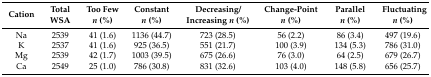
<table><thead><tr><td><b>Cation</b></td><td><b>Total WSA</b></td><td><b>Too Few<i>n</i> (%)</b></td><td><b>Constant<i>n</i> (%)</b></td><td><b>Decreasing/Increasing <i>n</i> (%)</b></td><td><b>Change-Point<i>n</i> (%)</b></td><td><b>Parallel<i>n</i> (%)</b></td><td><b>Fluctuating<i>n</i> (%)</b></td></tr></thead><tbody><tr><td>Na</td><td>2539</td><td>41 (1.6)</td><td>1136 (44.7)</td><td>723 (28.5)</td><td>56 (2.2)</td><td>86 (3.4)</td><td>497 (19.6)</td></tr><tr><td>K</td><td>2537</td><td>41 (1.6)</td><td>925 (36.5)</td><td>551 (21.7)</td><td>100 (3.9)</td><td>134 (5.3)</td><td>786 (31.0)</td></tr><tr><td>Mg</td><td>2539</td><td>42 (1.7)</td><td>1003 (39.5)</td><td>675 (26.6)</td><td>76 (3.0)</td><td>64 (2.5)</td><td>679 (26.7)</td></tr><tr><td>Ca</td><td>2549</td><td>25 (1.0)</td><td>786 (30.8)</td><td>831 (32.6)</td><td>103 (4.0)</td><td>148 (5.8)</td><td>656 (25.7)</td></tr></tbody></table>